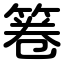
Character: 箞